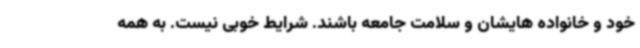
خود و خانواده هایشان و سلامت جامعه باشند. شرایط خوبی نیست. به همه